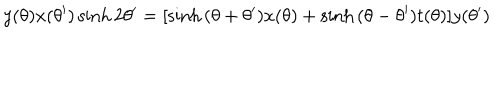
LaTeX: y ( \theta ) x ( \theta ^ { \prime } ) \sinh 2 \theta ^ { \prime } = [ \sinh { ( \theta + \theta ^ { \prime } ) } x ( \theta ) + \sinh { ( \theta - \theta ^ { \prime } ) } t ( \theta ) ] y ( \theta ^ { \prime } )